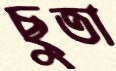
ছুতা